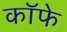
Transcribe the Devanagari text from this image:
कॉफे